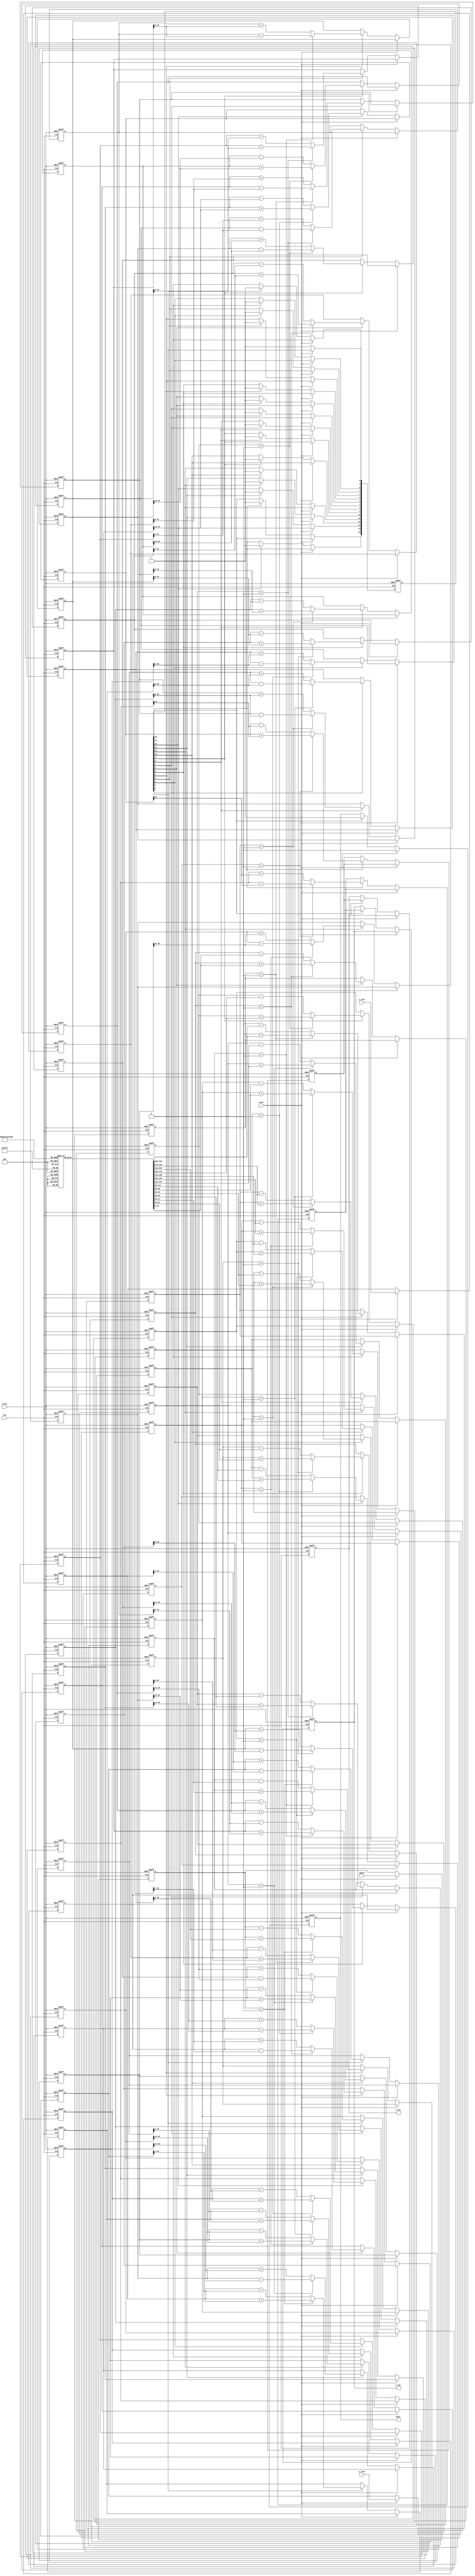
module cordic_pipeline #(
    parameter N = 16, // Number of pipeline stages
    parameter W = 16  // Bit-width for fixed-point representation
)(
    input clk,
    input reset,
    input start,
    input signed [W-1:0] angle,      // Input angle
    input signed [W-1:0] x_init,      // Initial x coordinate
    input signed [W-1:0] y_init,      // Initial y coordinate
    output reg signed [W-1:0] x_out,   // Output x coordinate
    output reg signed [W-1:0] y_out,   // Output y coordinate
    output reg done
);

    // Constants for CORDIC
    reg signed [W-1:0] atan_table[N-1:0]; // Arctan values
    reg signed [W-1:0] K[N-1:0];            // Scaling factors

    // Internal signals
    reg signed [W-1:0] x_reg[N-1:0];       // Pipeline registers for x
    reg signed [W-1:0] y_reg[N-1:0];       // Pipeline registers for y
    reg signed [W-1:0] angle_reg[N-1:0];   // Pipeline registers for angle
    reg [N-1:0] stage_done;                 // Stages completion tracking
    integer i;

    // Initialize atan_table and K
    initial begin
        // Precompute arctan values and scaling factors (for illustration)
        atan_table[0] = 16'h1C71; // atan(1/2^0)
        atan_table[1] = 16'h0D89; // atan(1/2^1)
        // ... Fill in the rest of the atan_table and K values
        // Example scaling factors K[0] = 0.6072, K[1] = 0.8314...
    end

    // Pipeline control logic
    always @(posedge clk or posedge reset) begin
        if (reset) begin
            x_out <= 0;
            y_out <= 0;
            done <= 0;
            for (i = 0; i < N; i = i + 1) begin
                x_reg[i] <= 0;
                y_reg[i] <= 0;
                angle_reg[i] <= 0;
                stage_done[i] <= 0;
            end
        end else if (start) begin
            x_reg[0] <= x_init;
            y_reg[0] <= y_init;
            angle_reg[0] <= angle;
            done <= 0;
        end else begin
            for (i = 0; i < N; i = i + 1) begin
                if (i == 0) begin
                    // First stage initialization
                    stage_done[i] <= 1;
                end else if (stage_done[i-1]) begin
                    // Perform rotation decision and coordinate updates for stage i
                    // CORDIC rotation decision
                    if (angle_reg[i-1] < 0) begin
                        x_reg[i] <= x_reg[i-1] + (y_reg[i-1] >>> i);
                        y_reg[i] <= y_reg[i-1] - (x_reg[i-1] >>> i);
                        angle_reg[i] <= angle_reg[i-1] + atan_table[i-1];
                    end else begin
                        x_reg[i] <= x_reg[i-1] - (y_reg[i-1] >>> i);
                        y_reg[i] <= y_reg[i-1] + (x_reg[i-1] >>> i);
                        angle_reg[i] <= angle_reg[i-1] - atan_table[i-1];
                    end
                    stage_done[i] <= 1;
                end
            end

            // Final stage output
            if (stage_done[N-1]) begin
                x_out <= x_reg[N-1];
                y_out <= y_reg[N-1];
                done <= 1;
            end
        end
    end

endmodule